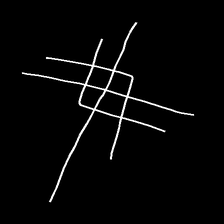
Glyph: crystal